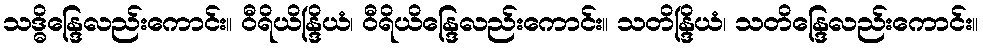
သဒ္ဓိန္ဒြေလည်းကောင်း။ ဝီရိယိန္ဒြိယံ၊ ဝီရိယိန္ဒြေလည်းကောင်း။ သတိန္ဒြိယံ၊ သတိန္ဒြေလည်းကောင်း။